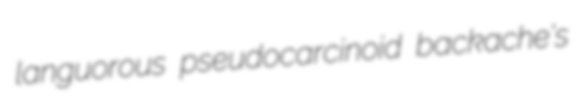
languorous pseudocarcinoid backache's